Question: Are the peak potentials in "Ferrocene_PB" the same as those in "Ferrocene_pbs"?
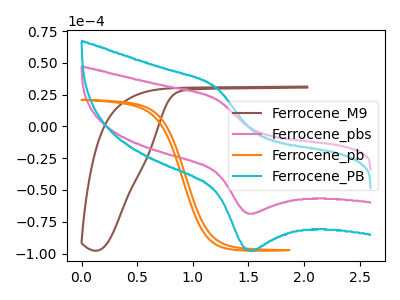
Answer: <think>The brown curve "Ferrocene_M9" has no peaks. The pink curve "Ferrocene_pbs" has an anodic peak at (1.20V, 21.40uA) and a cathodic peak at (1.50V, -68.65uA). The orange curve "Ferrocene_pb" has no peaks. The cyan curve "Ferrocene_PB" has an anodic peak at (1.20V, 30.50uA) and a cathodic peak at (1.50V, -97.85uA).</think>
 <answer>Yes, "Ferrocene_PB" have a peak in "Ferrocene_pbs" at the same potential.</answer>
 <eval>match</eval>